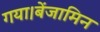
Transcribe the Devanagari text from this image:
गया।बेंजामिन